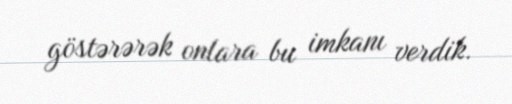
göstərərək onlara bu imkanı verdik.